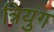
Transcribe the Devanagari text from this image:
त्रियुग